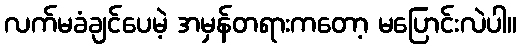
လက်မခံချင်ပေမဲ့ အမှန်တရားကတော့ မပြောင်းလဲပါ။